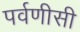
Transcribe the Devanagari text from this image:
पर्वणीसी